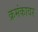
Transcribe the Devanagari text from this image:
क्रमंकावर